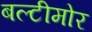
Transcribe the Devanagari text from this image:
बल्टीमोर